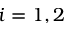
i = 1 , 2